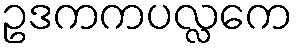
ဥဒကကပလ္လကေ